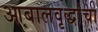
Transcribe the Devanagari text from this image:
आबालवृद्धांचा